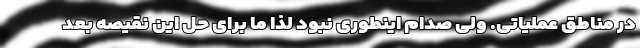
در مناطق عملیاتی. ولی صدام اینطوری نبود لذا ما برای حل این نقیصه بعد